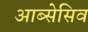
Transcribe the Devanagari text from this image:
आब्सेसिव